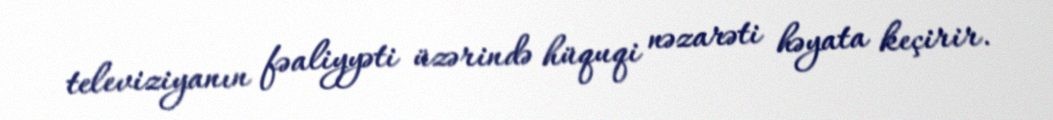
televiziyanın fəaliyyəti üzərində hüquqi nəzarəti həyata keçirir.